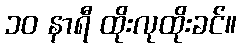
၁၀ နာရီ ထိုးလုထိုးခင်။